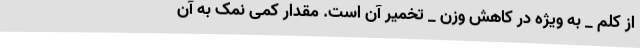
از کلم _ به ویژه در کاهش وزن _ تخمیر آن است. مقدار کمی نمک به آن